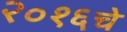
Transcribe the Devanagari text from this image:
२०१६चे